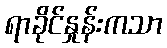
ရာခိုင်နှုန်းကသာ